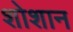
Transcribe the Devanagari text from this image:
शोशान